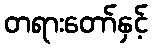
တရားတော်နှင့်